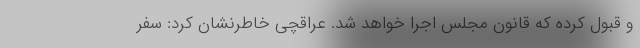
و قبول کرده که قانون مجلس اجرا خواهد شد. عراقچی خاطرنشان کرد: سفر